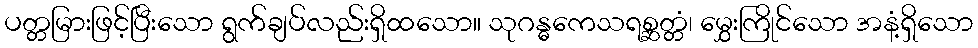
ပတ္တမြားဖြင့်ပြီးသော ရွက်ချပ်လည်းရှိထသော။ သုဂန္ဓကေသရစ္ဆတ္တံ၊ မွှေးကြိုင်သော အနံ့ရှိသော